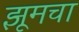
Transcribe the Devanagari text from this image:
झूमचा